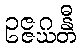
ဥဇ္ဇဂ္ဃန္တီ